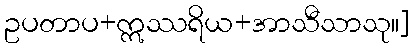
ဥပတာပ+ဣဿရိယ+အာသီသာသု။]